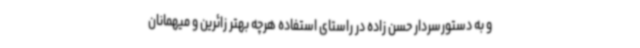
و به دستورسردار حسن زاده در راستای استفاده هرچه بهتر زائرین و میهمانان